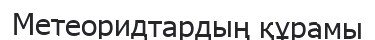
Метеоридтардың құрамы